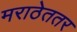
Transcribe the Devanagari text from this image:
मराठेततर